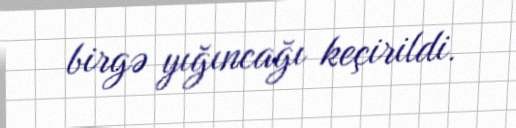
birgə yığıncağı keçirildi.